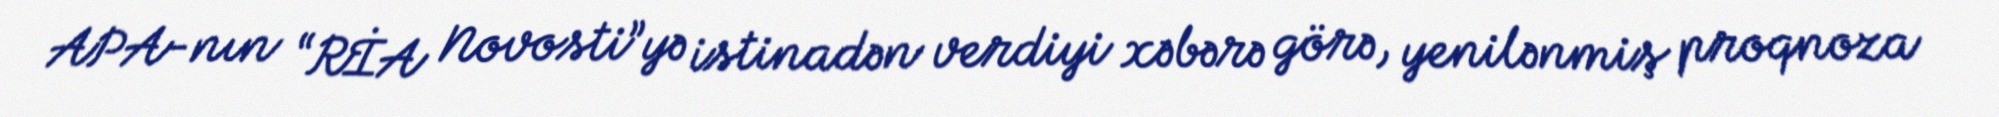
APA-nın “RİA Novosti”yə istinadən verdiyi xəbərə görə, yenilənmiş proqnoza